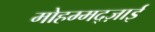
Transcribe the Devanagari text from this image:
मोहम्मद्ज़ाई